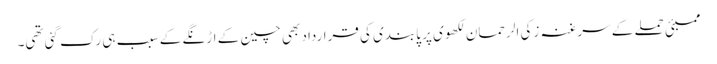
ممبئی حملے کے سرغنہ زکی الرحمان لکھوی پر پابندی کی قرارداد بھی چین کے اڑنگے کے سبب ہی رک گئی تھی۔